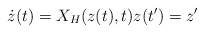
\begin{align*}\dot{z}(t)=X_{H}(z(t),t)z(t^{\prime})=z^{\prime} \end{align*}